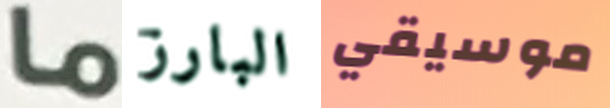
ما البارز موسيقي